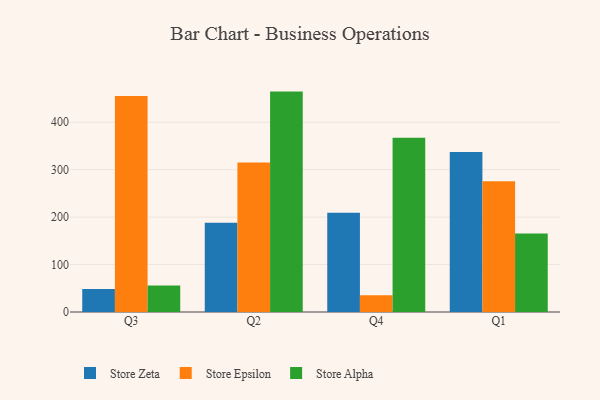
{"axis": {"x": "Quarter", "y": "Net Income (USD K)"}, "legend": ["Store Alpha", "Store Epsilon", "Store Zeta"], "data": [{"x": "Q3", "y": 48.5, "type": "Store Zeta"}, {"x": "Q3", "y": 455.5, "type": "Store Epsilon"}, {"x": "Q3", "y": 55.9, "type": "Store Alpha"}, {"x": "Q2", "y": 188.2, "type": "Store Zeta"}, {"x": "Q2", "y": 315.3, "type": "Store Epsilon"}, {"x": "Q2", "y": 464.6, "type": "Store Alpha"}, {"x": "Q4", "y": 209.2, "type": "Store Zeta"}, {"x": "Q4", "y": 35.1, "type": "Store Epsilon"}, {"x": "Q4", "y": 367.5, "type": "Store Alpha"}, {"x": "Q1", "y": 337.4, "type": "Store Zeta"}, {"x": "Q1", "y": 275.4, "type": "Store Epsilon"}, {"x": "Q1", "y": 165.5, "type": "Store Alpha"}]}